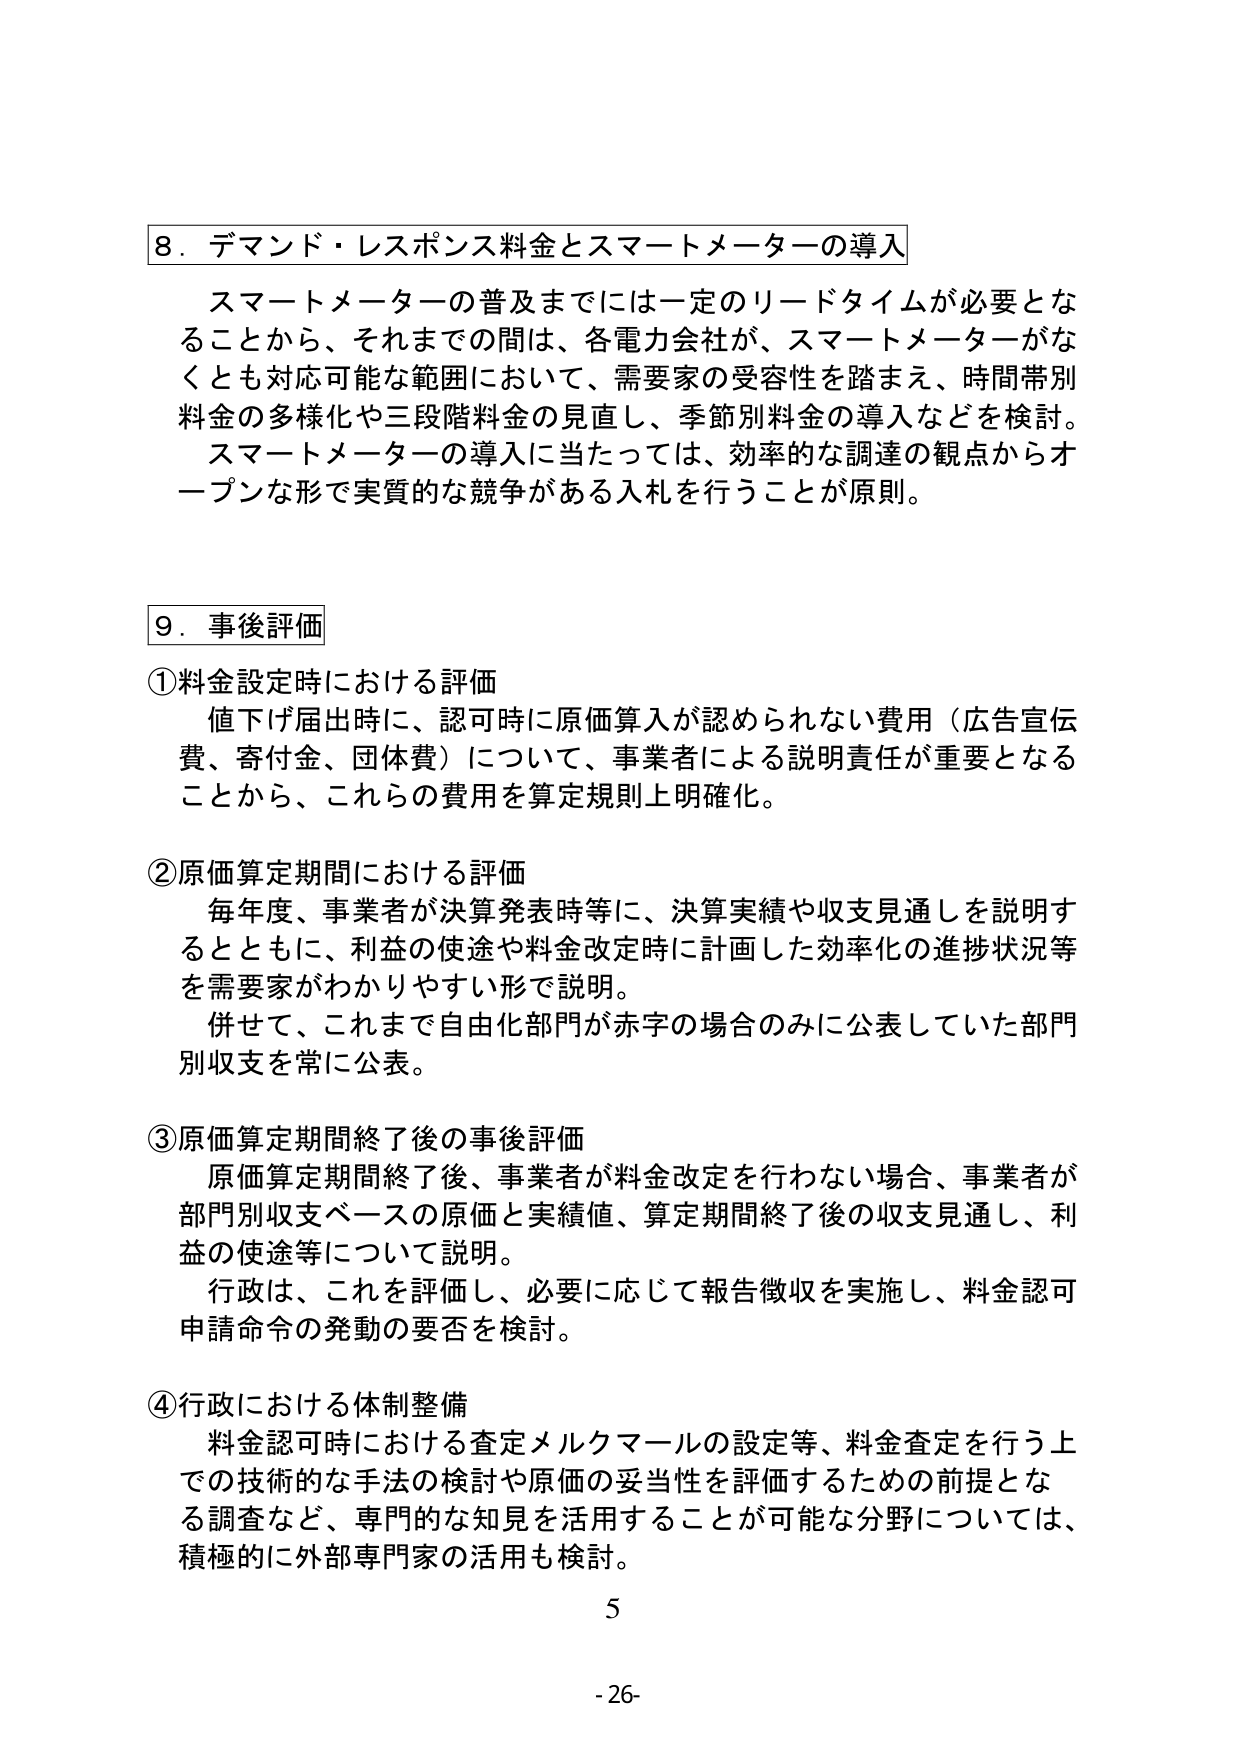
8．デマンド・レスポンス料金とスマートメーターの導入
スマートメーターの普及までには一定のリードタイムが必要となることから、それまでの間は、各電力会社が、スマートメーターがなくとも対応可能な範囲において、需要家の受容性を踏まえ、時間帯別料金の多様化や三段階料金の見直し、季節別料金の導入などを検討。
スマートメーターの導入に当たっては、効率的な調達の観点からオープンな形で実質的な競争がある入札を行うことが原則。

9．事後評価
①料金設定時における評価
値下げ届出時に、認可時に原価算入が認められない費用（広告宣伝費、寄付金、団体費）について、事業者による説明責任が重要となることから、これらの費用を算定規則上明確化。

②原価算定期間における評価
毎年度、事業者が決算発表時等に、決算実績や収支見通しを説明するとともに、利益の使途や料金改定時に計画した効率化の進捗状況等を需要家がわかりやすい形で説明。
併せて、これまで自由化部門が赤字の場合のみに公表していた部門別収支を常に公表。

③原価算定期間終了後の事後評価
原価算定期間終了後、事業者が料金改定を行わない場合、事業者が部門別収支ベースの原価と実績値、算定期間終了後の収支見通し、利益の使途等について説明。
行政は、これを評価し、必要に応じて報告徴収を実施し、料金認可申請命令の発動の要否を検討。

④行政における体制整備
料金認可時における査定メルクマールの設定等、料金査定を行う上での技術的な手法の検討や原価の妥当性を評価するための前提となる調査など、専門的な知見を活用することが可能な分野については、積極的に外部専門家の活用も検討。

5
-26-